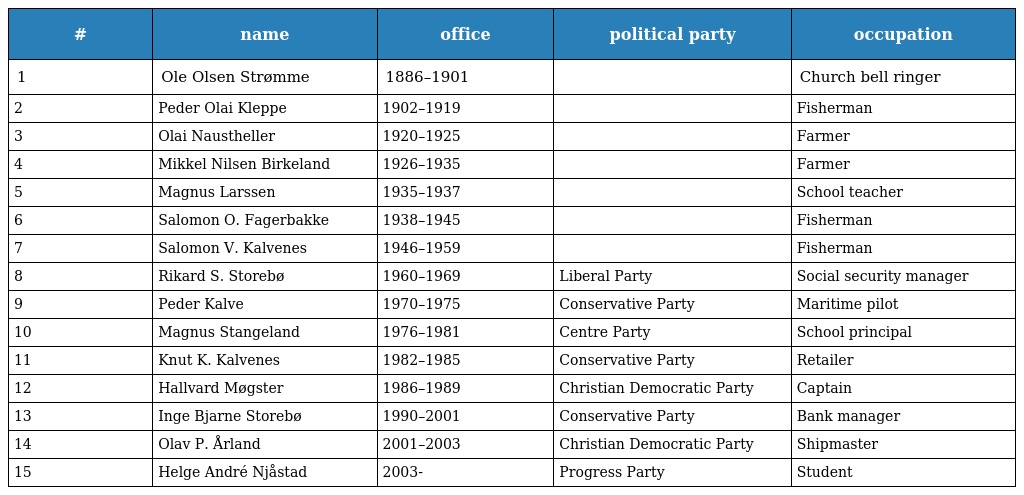
| # | name | office | political party | occupation |
 | --- | --- | --- | --- | --- |
 | 1 | Ole Olsen Strømme | 1886–1901 |  | Church bell ringer |
 | 2 | Peder Olai Kleppe | 1902–1919 |  | Fisherman |
 | 3 | Olai Naustheller | 1920–1925 |  | Farmer |
 | 4 | Mikkel Nilsen Birkeland | 1926–1935 |  | Farmer |
 | 5 | Magnus Larssen | 1935–1937 |  | School teacher |
 | 6 | Salomon O. Fagerbakke | 1938–1945 |  | Fisherman |
 | 7 | Salomon V. Kalvenes | 1946–1959 |  | Fisherman |
 | 8 | Rikard S. Storebø | 1960–1969 | Liberal Party | Social security manager |
 | 9 | Peder Kalve | 1970–1975 | Conservative Party | Maritime pilot |
 | 10 | Magnus Stangeland | 1976–1981 | Centre Party | School principal |
 | 11 | Knut K. Kalvenes | 1982–1985 | Conservative Party | Retailer |
 | 12 | Hallvard Møgster | 1986–1989 | Christian Democratic Party | Captain |
 | 13 | Inge Bjarne Storebø | 1990–2001 | Conservative Party | Bank manager |
 | 14 | Olav P. Årland | 2001–2003 | Christian Democratic Party | Shipmaster |
 | 15 | Helge André Njåstad | 2003- | Progress Party | Student |